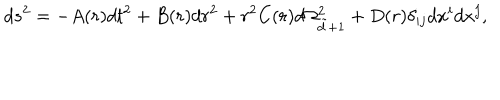
LaTeX: d s ^ { 2 } = - A ( r ) d t ^ { 2 } + B ( r ) d r ^ { 2 } + r ^ { 2 } C ( r ) d \Omega _ { \tilde { d } + 1 } ^ { 2 } + D ( r ) \delta _ { i j } d x ^ { i } d x ^ { j } ,